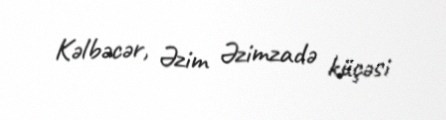
Kəlbəcər, Əzim Əzimzadə küçəsi